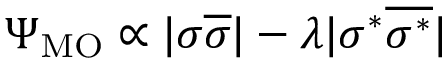
\Psi _ { \mathrm { M O } } \propto | \sigma \overline { { \sigma } } | - \lambda | \sigma ^ { * } \overline { { \sigma ^ { * } } } |